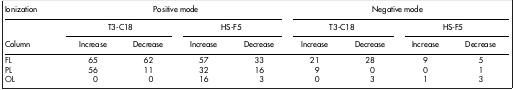
<table><thead><tr><td><b>Ionization</b></td><td colspan="4"><b>Positive mode</b></td><td colspan="4"><b>Negative mode</b></td></tr><tr><td><b> </b></td><td colspan="2"><b>T3-C18</b></td><td colspan="2"><b>HS-F5</b></td><td colspan="2"><b>T3-C18</b></td><td colspan="2"><b>HS-F5</b></td></tr><tr><td><b>Column</b></td><td><b>Increase</b></td><td><b>Decrease</b></td><td><b>Increase</b></td><td><b>Decrease</b></td><td><b>Increase</b></td><td><b>Decrease</b></td><td><b>Increase</b></td><td><b>Decrease</b></td></tr></thead><tbody><tr><td>FL</td><td>65</td><td>62</td><td>57</td><td>33</td><td>21</td><td>28</td><td>9</td><td>5</td></tr><tr><td>PL</td><td>56</td><td>11</td><td>32</td><td>16</td><td>9</td><td>0</td><td>0</td><td>1</td></tr><tr><td>OL</td><td>0</td><td>0</td><td>16</td><td>3</td><td>0</td><td>3</td><td>1</td><td>3</td></tr></tbody></table>